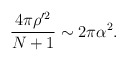
\begin{align*}\frac{4\pi\rho^{\prime 2}}{N+1} \sim 2\pi\alpha^{2}.\end{align*}